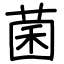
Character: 菌